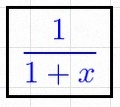
\frac{1}{1+x}